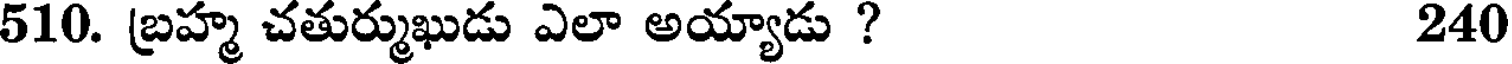
510. బ్రహ్మ చతుర్ముఖుడు ఎలా అయ్యాడు ? 240